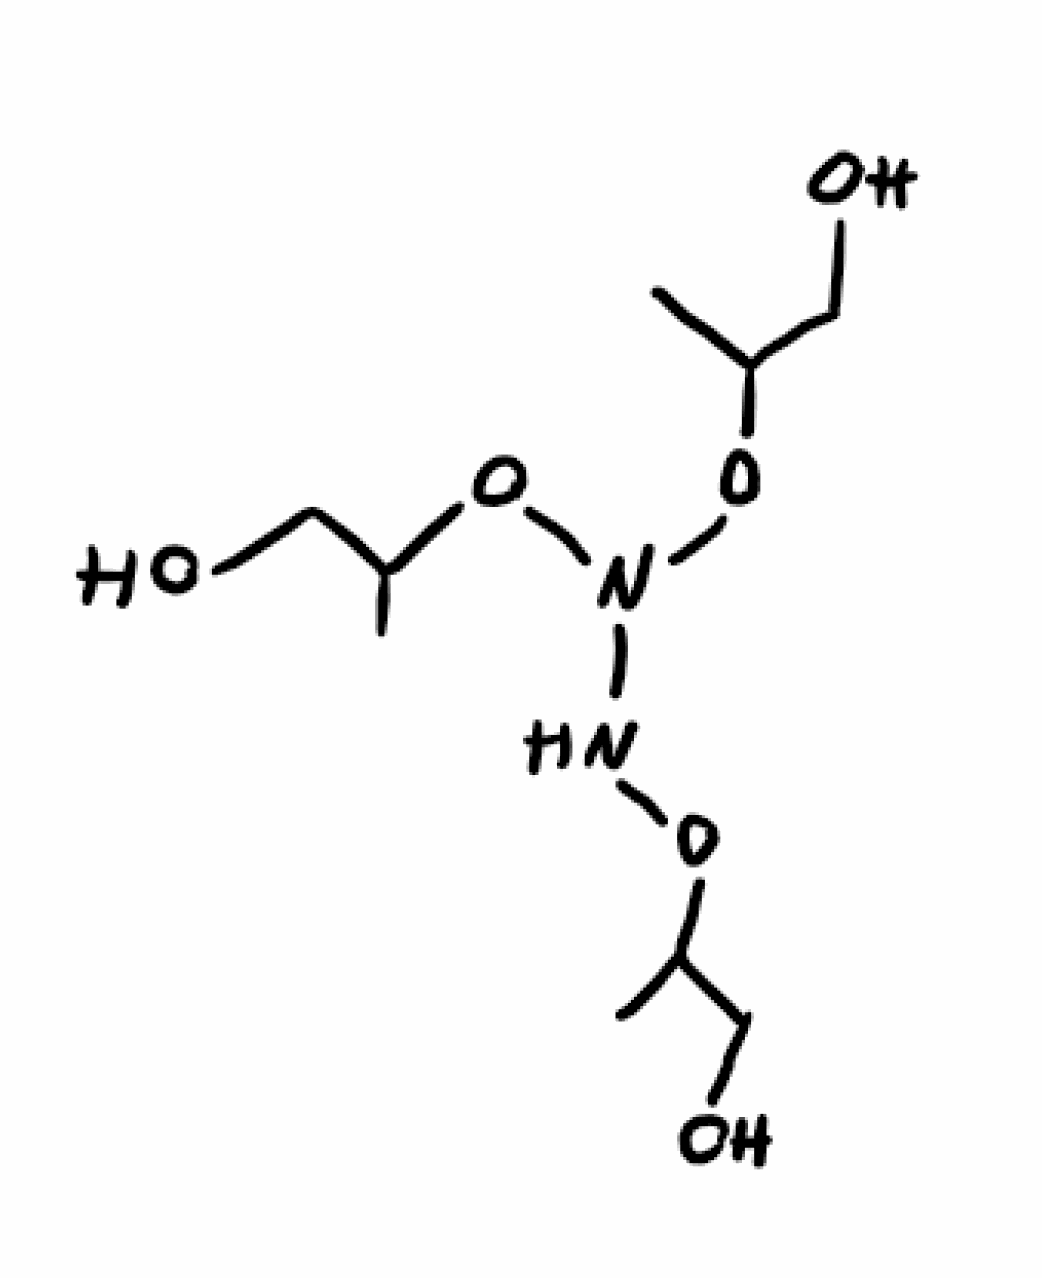
Simplified molecular-input line-entry system (SMILES) notation of the given molecule:
CC(CO)ONN(OC(C)CO)OC(C)CO